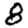
Digit: 8